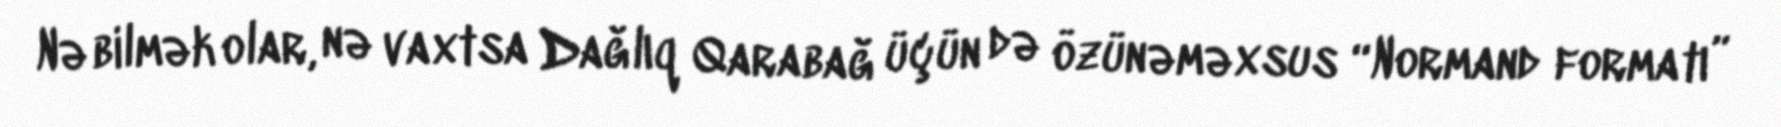
Nə bilmək olar, nə vaxtsa Dağlıq Qarabağ üçün də özünəməxsus “Normand formatı”